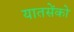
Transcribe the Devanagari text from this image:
यातसेंको